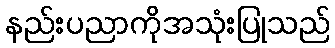
နည်းပညာကိုအသုံးပြုသည်